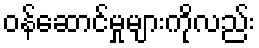
ဝန်ဆောင်မှုများကိုလည်း